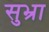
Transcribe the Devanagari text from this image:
सुभ्रा